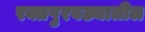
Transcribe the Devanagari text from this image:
रक्तपुरवठ्यातील